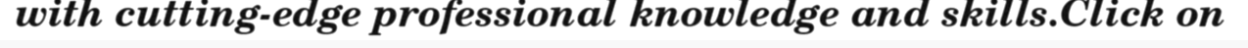
with cutting-edge professional knowledge and skills.Click on